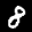
Label: 8